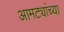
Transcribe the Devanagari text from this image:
आमट्यांच्या